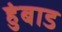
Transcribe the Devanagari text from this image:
हुंबाड